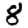
Digit: 8